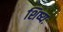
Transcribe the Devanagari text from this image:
शिष्यः